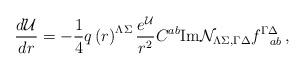
LaTeX: \begin{align*}{d{\cal U}\over dr}=-{1\over 4}q\left(r\right)^{\Lambda\Sigma}{e^{\cal U}\over r^2}C^{ab}{\rm Im}{\cal N }_{\Lambda \Sigma,\Gamma\Delta}f^{\Gamma\Delta}_{~~ab}\, ,\end{align*}